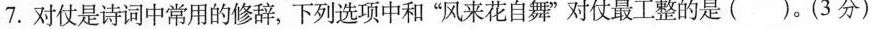
7.对仗是诗词中常用的修辞，下列选项中和”风来花自舞”对仗最工整的是( )。(3分)